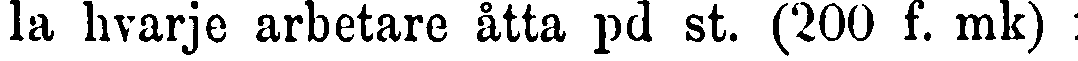
la hvarje arbetare åtta pd st. (200 f. mk) :